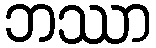
ဘဿာ